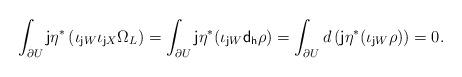
LaTeX: \begin{align*}\int_{\partial U} {\sf j}\eta^* \left(\iota_{{\sf j}W} \iota_{{\sf j}X}\Omega_L\right)= \int_{\partial U} {\sf j}\eta^*( \iota_{{\sf j} W}{\sf d_h}\rho)=\int_{\partial U} d\left({\sf j}\eta^*( \iota_{{\sf j} W} \rho)\right)=0.\end{align*}